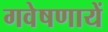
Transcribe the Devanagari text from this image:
गवेषणायें